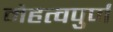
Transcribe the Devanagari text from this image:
मेहत्वपुर्ण